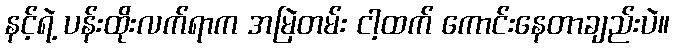
နင့်ရဲ့ ပန်းထိုးလက်ရာက အမြဲတမ်း ငါ့ထက် ကောင်းနေတာချည်းပဲ။